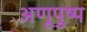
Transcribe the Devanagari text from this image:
अणूपुष्प